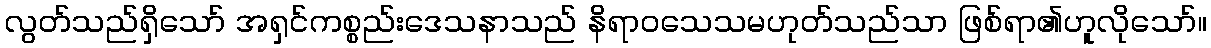
လွတ်သည်ရှိသော် အရှင်ကစ္စည်းဒေသနာသည် နိရာဝသေသမဟုတ်သည်သာ ဖြစ်ရာ၏ဟူလိုသော်။